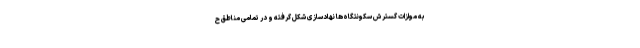
به موازات گسترش سکونتگاه‌ها نهادسازی شکل گرفته و در تمامی مناطق ح